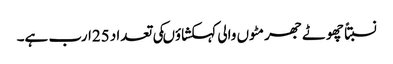
نسبتاً چھوٹے جھرمٹوں والی کہکشاؤںکی تعداد 25ارب ہے۔